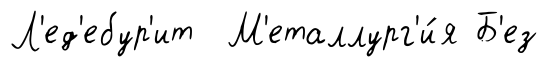
Л'ед'ебур'ит М'еталлург'и́я Б'ез